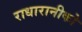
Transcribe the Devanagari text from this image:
राधारानीको